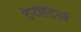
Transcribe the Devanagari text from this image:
टेराहर्ट्ज़